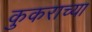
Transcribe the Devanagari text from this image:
कुकराच्या